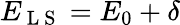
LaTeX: E_{\mathrm{~L~S~}}=E_{0}+\delta